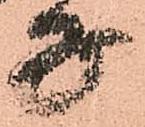
子